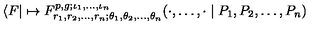
\langle F | \mapsto F _ { r _ { 1 } , r _ { 2 } , \dots , r _ { n } ; \theta _ { 1 } , \theta _ { 2 } , \dots , \theta _ { n } } ^ { p , g ; \iota _ { 1 } , \dots , \iota _ { n } } ( \cdot , \dots , \cdot \mid P _ { 1 } , P _ { 2 } , \dots , P _ { n } )